Indian journal of veterinary science and animal husbandry - Volume 4,
Year: 1934
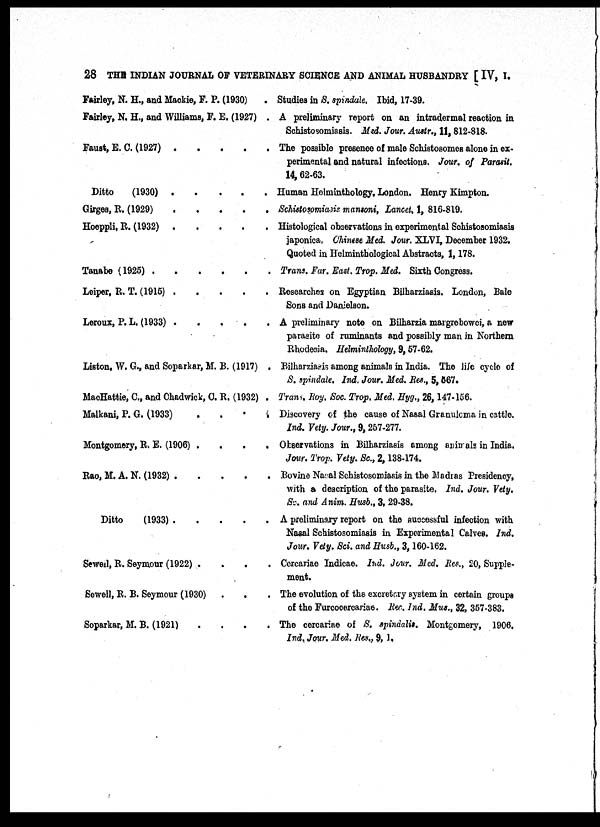
28 THE INDIAN JOURNAL OF VETERINARY SCIENCE AND ANIMAL HUSBANDRY [ IV, I.
Fairley, N. H., and Mackie, F. P. (1930) .
Fairley, N. H., and Williams, F. E. (1927) .
Faust, E. C. (1927)
Ditto
(1930)
Girges, R. (1929)
Hoeppli, R. (1932)
Tanabe (1925)
Leiper, R. T. (1915)
Leroux, P. L. (1933) . . . . .
Liston, W. G., and Soparkar, M. B. (1917) .
MacHattie, C., and Chadwick, C. R. (1932) .
Malkani, P. G. (1933)
. . . .
Montgomery, R. E. (1906) .
.
.
.
Rao, M. A. N. (1932) .
.
.
.
.
Ditto
(1933)
Sewell, R. Seymour (1922) . . . .
Sewell, R. B. Seymour (1930) . . .
Soparkar, M. B. (1921)
. . . .
Studies in S. spindale. Ibid, 17-39.
A preliminary report on an intradermal reaction in
Schistosomiasis. Med. Jour. Austr., 11, 812-818.
The possible presence of male Schistosomes alone in ex-
perimental and natural infections. Jour. of Parasit.
14, 62-63.
Human Helminthology. London. Henry Kimpton.
Schistosomiasis mansoni, Lancet, 1, 816-819.
Histological observations in experimental Schistosomiasis
japonica, Chinese Med. Jour. XLVI, December 1932.
Quoted in Helminthological Abstracts, 1, 178.
Trans. Far. East. Trop. Med. Sixth Congress.
Researches on Egyptian Bilharziasis. London, Bale
Sons and Danielson.
A preliminary note on Bilharzia margrebowei, a new
parasite of ruminants and possibly man in Northern
Rhodesia. Helminthology, 9, 57-62.
Bilharziasis among animals in India. The life cycle of
S. spindale. Ind. Jour. Med. Res., 5, 567.
Trans. Roy. Soc. Trop. Med. Hyg., 26, 147-156.
Discovery of the cause of Nasal Granuloma in cattle.
Ind. Vety. Jour., 9, 257-277.
Observations in Bilharziasis among animals in India.
Jour. Trop. Vety. Sc., 2, 138-174.
Bovine Nasal Schistosomiasis in the Madras Presidency,
with a description of the parasite. Ind. Jour. Vety.
Sc. and Anim. Husb., 3, 29-38.
A preliminary report on the successful infection with
Nasal Schistosomiasis in Experimental Calves. Ind.
Jour. Vety. Sci. and Husb., 3, 160-162.
Cercariae Indicae. Ind. Jour. Med. Res., 20, Supple-
ment.
The evolution of the excretory system in certain groups
of the Furcocercariae. Rec. Ind. Mus., 32, 357-383.
The cercariae of S. spindalis. Montgomery, 1906,
Ind. Jour. Med. Res., 9, 1.